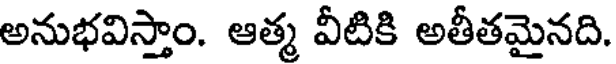
అనుభవిస్తాం. ఆత్మ వీటికి అతీతమైనది.